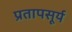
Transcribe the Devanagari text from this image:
प्रतापसूर्य